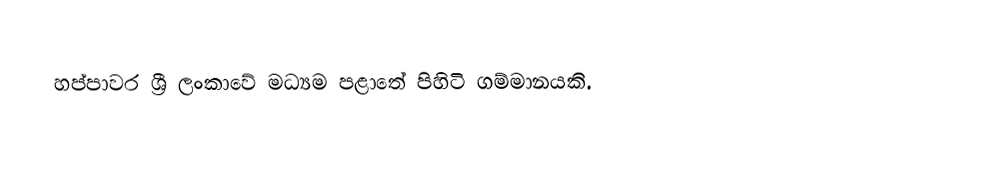
හප්පාවර ශ්‍රී ලංකාවේ මධ්‍යම පළාතේ පිහිටි ගම්මානයකි.